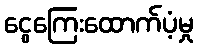
ငွေကြေးထောက်ပံ့မှု